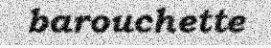
barouchette